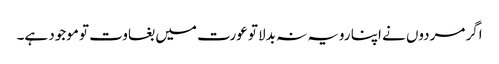
اگر مردوں نے اپنا رویہ نہ بدلا تو عورت میں بغاوت تو موجود ہے۔